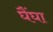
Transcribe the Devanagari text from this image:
घैंघा